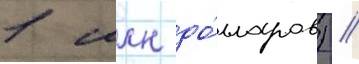
1 млн до́лларов) //